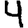
Digit: 4